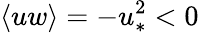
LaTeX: \langle uw\rangle=-u_{\ast}^{2}<0